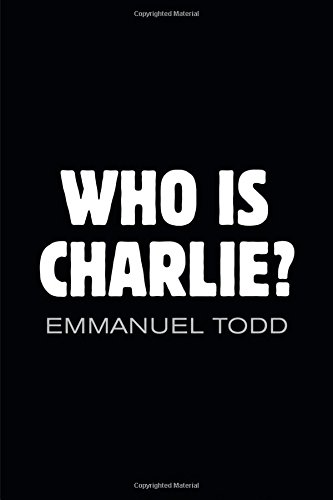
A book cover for Who is Charlie: Xenophobia and the New Middle Class; Emmanuel Todd; Religion & Spirituality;